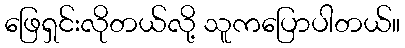
ဖြေရှင်းလိုတယ်လို့ သူကပြောပါတယ်။